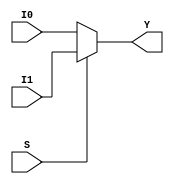
module mux21(I0,I1,S,Y);
input I0,I1;
input S;
output Y;
assign Y=(S)?I1:I0;
endmodule